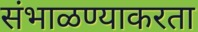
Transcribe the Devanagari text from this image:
संभाळण्याकरता